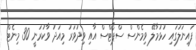
ފައިނަލުގައި ހުޅުމާލޭ ވިމެންސް ސްޕޯޓްސް އާއި ވިދުވަރު މިއަދު ވާކުރަނީ 30 މިނެޓް